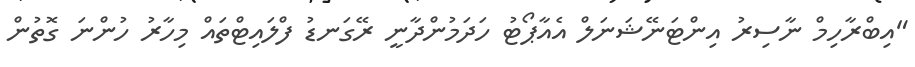
"އިބްރާހިމް ނާސިރު އިންޓަނޭޝަނަލް އެއާޕޯޓު ހަދަމުންދާނީ ރޭގަނޑު ފްލައިޓްތައް މިހާރު ހުންނަ ގޮތުން